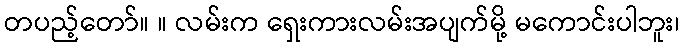
တပည့်တော်။ ။ လမ်းက ရှေးကားလမ်းအပျက်မို့ မကောင်းပါဘူး၊